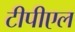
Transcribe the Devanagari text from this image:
टीपीएल